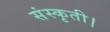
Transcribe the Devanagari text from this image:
संस्कृती।